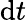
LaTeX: \mathrm{d}t